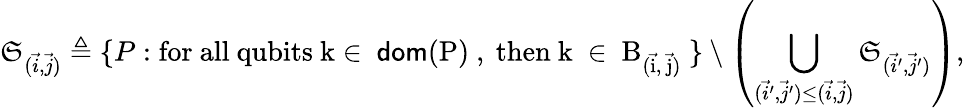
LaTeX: \mathfrak{S}_{(\vec{{i}},\vec{{j}})}\triangleq\{ P:\mathrm{{for~all~qubits~k\in~\mathsf{{dom}}(P)~,~then~k~\in~B_{(\vec{{i}},~\vec{{j}})}~}}\} \setminus\left(\bigcup_{(\vec{{i}}^{\prime},\vec{{j}}^{\prime})\leq(\vec{{i}},\vec{{j}})}\mathfrak{S}_{(\vec{{i}}^{\prime},\vec{{j}}^{\prime})}\right),